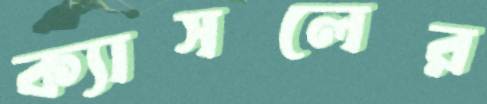
ক্যাসলের